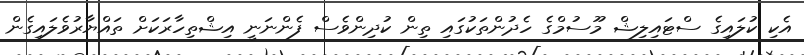
އެކި ކުލައިގެ ސްޓައިލިޝް މޫސުމްގެ ހެދުންތަކުގައި ތިން ކުދިންވެސް ފެންނަނީ އިޝްތިހާރަކަށް ތައްޔާރުވެލައިގެން